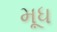
મૂધ